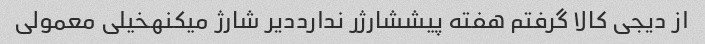
از دیجی کالا گرفتم هفته پیششارژر ندارددیر شارژ میکنهخیلی معمولی